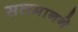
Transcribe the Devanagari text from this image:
सलमानने